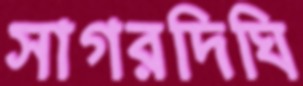
সাগরদিঘি